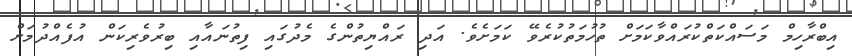
އިބްރާހިމް މަސައްކަތްކުރައްވާކަމަށް ތުހުމަތުކުރެވޭ ކަމަށެވެ. އަދި ރައްޔިތުންގެ މެދުގައި ފިތުނައާއި ބިރުވެރިކަން އުފެއްދުމަށް